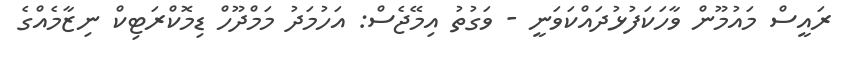
ރައީސް މައުމޫން ވާހަކަފުޅުދައްކަވަނީ - ވަގުތު އިމޭޖެސް: އަހުމަދު މަމްދޫހް ޑިމޮކްރަޓިކް ނިޒާމެއްގެ